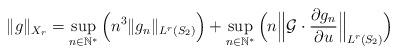
LaTeX: \begin{align*}\Vert g \Vert_{X_r} = \displaystyle\sup_{n\in\mathbb{N^*}}\Big(n^3\Vert g _n \Vert_{L^r(S_2)}\Big) + \displaystyle\sup_{n\in\mathbb{N^*}}\Big(n\Big\Vert\mathcal{G} \cdot\dfrac{\partial g_n}{\partial u} \Big\Vert_{L^r(S_2)}\Big) \end{align*}